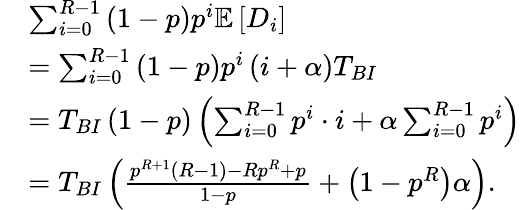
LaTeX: \begin{array}{rl}&{\sum_{i=0}^{R-1}\left(1-p\right)p^{i}\mathbb{E}\left[{D}_{i}\right]}\\ &{=\sum_{i=0}^{R-1}\left(1-p\right)p^{i}\left(i+\alpha\right)T_{BI}}\\ &{=T_{BI}\left(1-p\right)\left(\sum_{i=0}^{R-1}p^{i}\cdot i+\alpha\sum_{i=0}^{R-1}p^{i}\right)}\\ &{=T_{BI}\left(\frac{p^{R+1}\left(R-1\right)-Rp^{R}+p}{1-p}+\left(1-p^{R}\right)\alpha\right).}\end{array}